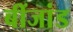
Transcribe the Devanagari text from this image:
बींजांड